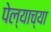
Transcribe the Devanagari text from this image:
पेल्याच्या